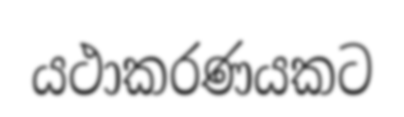
යථාකරණයකට